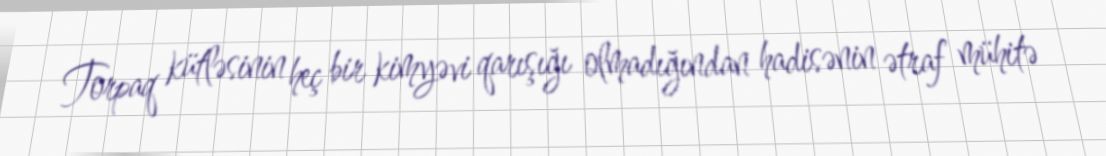
Torpaq kütləsinin heç bir kimyəvi qarışığı olmadığından hadisənin ətraf mühitə